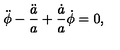
\ddot { \phi } - \frac { \ddot { a } } { a } + \frac { \dot { a } } { a } \dot { \phi } = 0 ,